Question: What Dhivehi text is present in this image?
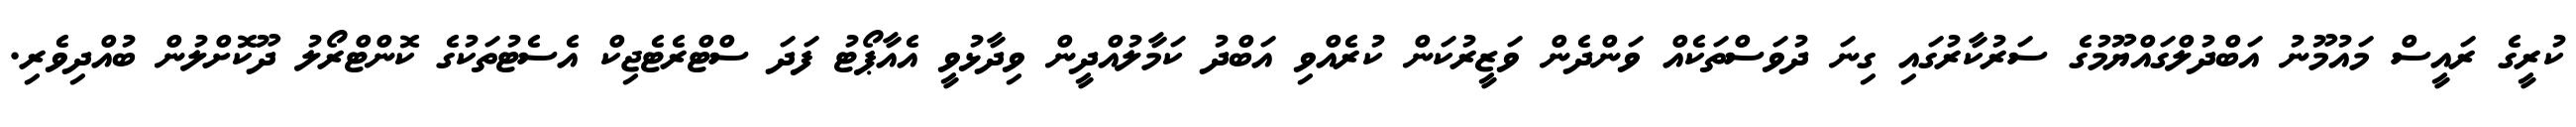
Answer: ކުރީގެ ރައީސް މައުމޫނު އަބްދުލްގައްޔޫމުގެ ސަރުކާރުގައި ގިނަ ދުވަސްތަކެއް ވަންދެން ވަޒީރުކަން ކުރެއްވި އަބްދު ކަމާލުއްދީން ވިދާޅުވީ އެއާޕޯޓު ފަދަ ސްޓްރެޓެޖިކް އެސެޓުތަކުގެ ކޮންޓްރޯލު ދޫކޮށްލުން ބުއްދިވެރި.